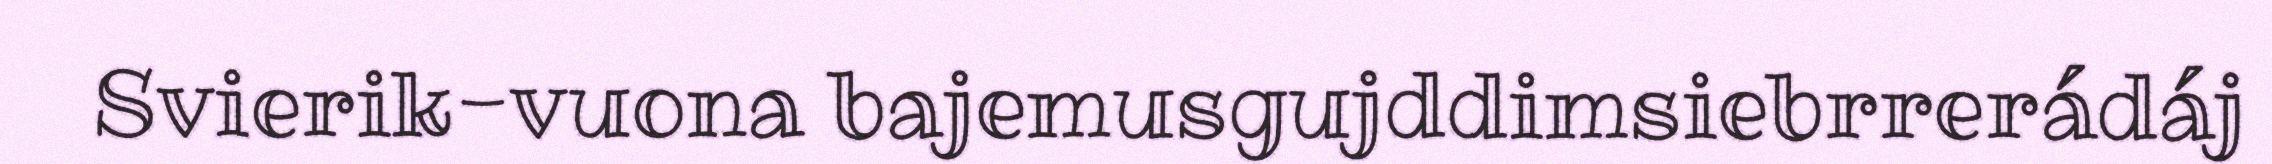
Svierik-vuona bajemusgujddimsiebrrerádáj